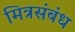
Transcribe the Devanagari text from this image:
मित्रसंबंध